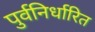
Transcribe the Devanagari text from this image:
पुर्वनिर्धारित